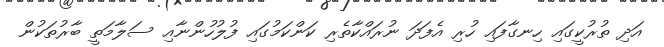
އަދި ތުރުކީގައި ހިނގާފައި ހުރި އެފަދަ ނުރައްކާތެރި ކަންކަމުގައި ފުލުހުންނާއި ސަލާމަތީ ބާރުތަކުން